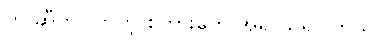
တွ ဆီက လာတဲ့ စကားတွေ အရ သိရပါတယ်။